Indian journal of veterinary science and animal husbandry - Volumes 26-27, 1956-1957
Year: 1956
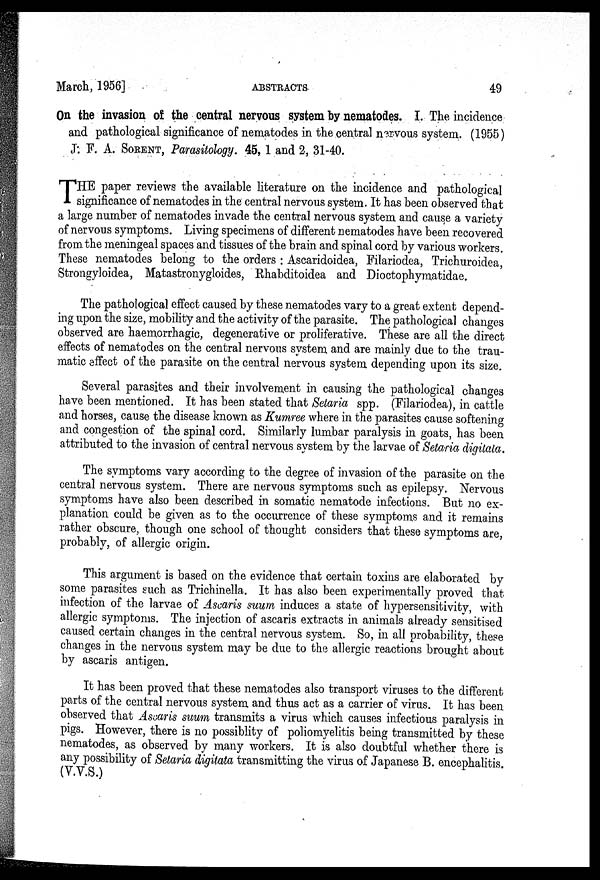
March, 1956]
ABSTRACTS
49
On the invasion of the central nervous system by nematodes. I. The incidence
and pathological significance of nematodes in the central nervous system. (1955)
J. F. A. SORENT, Parasitology. 45, 1 and 2, 31-40.
T HE paper reviews the available literature on the incidence and pathological
significance of nematodes in the central nervous system. It has been observed that
a large number of nematodes invade the central nervous system and cause a variety
of nervous symptoms. Living specimens of different nematodes have been recovered
from the meningeal spaces and tissues of the brain and spinal cord by various workers.
These nematodes belong to the orders : Ascaridoidea, Filariodea, Trichuroidea,
Strongyloidea, Matastronygloides, Rhabditoidea and Dioctophymatidae.
The pathological effect caused by these nematodes vary to a great extent depend-
ing upon the size, mobility and the activity of the parasite. The pathological changes
observed are haemorrhagic, degenerative or proliferative. These are all the direct
effects of nematodes on the central nervous system and are mainly due to the trau-
matic effect of the parasite on the central nervous system depending upon its size.
Several parasites and their involvement in causing the pathological changes
have been mentioned. It has been stated that Setaria spp. (Filariodea), in cattle
and horses, cause the disease known as Kumree where in the parasites cause softening
and congestion of the spinal cord. Similarly lumbar paralysis in goats, has been
attributed to the invasion of central nervous system by the larvae of Setaria digitata.
The symptoms vary according to the degree of invasion of the parasite on the
central nervous system. There are nervous symptoms such as epilepsy. Nervous
symptoms have also been described in somatic nematode infections. But no ex-
planation could be given as to the occurrence of these symptoms and it remains
rather obscure, though one school of thought considers that these symptoms are,
probably, of allergic origin.
This argument is based on the evidence that certain toxins are elaborated by
some parasites such as Trichinella. It has also been experimentally proved that
infection of the larvae of Ascaris suum induces a state of hypersensitivity, with
allergic symptoms. The injection of ascaris extracts in animals already sensitised
caused certain changes in the central nervous system. So, in all probability, these
changes in the nervous system may be due to the allergic reactions brought about
by ascaris antigen.
It has been proved that these nematodes also transport viruses to the different
parts of the central nervous system and thus act as a carrier of virus. It has been
observed that Ascaris suum transmits a virus which causes infectious paralysis in
pigs. However, there is no possiblity of poliomyelitis being transmitted by these
nematodes, as observed by many workers. It is also doubtful whether there is
any possibility of Setaria digitata transmitting the virus of Japanese B. encephalitis.
(V.V.S.)